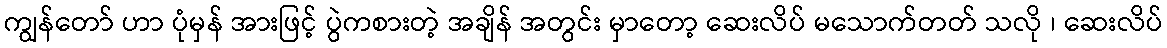
ကျွန်တော် ဟာ ပုံမှန် အားဖြင့် ပွဲကစားတဲ့ အချိန် အတွင်း မှာတော့ ဆေးလိပ် မသောက်တတ် သလို ၊ ဆေးလိပ်